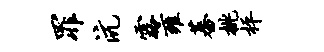
罪沆露雍蕃桃枰